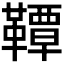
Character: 𫖊